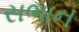
સભાન